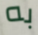
به